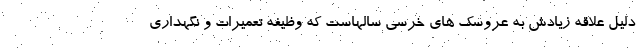
دلیل علاقه زیادش به عروسک های خرسی سالهاست که وظیفه تعمیرات و نگهداری